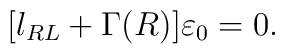
[l_{RL}+\Gamma(R)]\varepsilon_0=0.